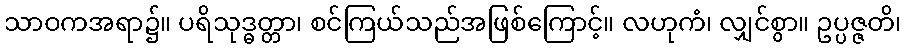
သာဝကအရာ၌။ ပရိသုဒ္ဓတ္တာ၊ စင်ကြယ်သည်အဖြစ်ကြောင့်။ လဟုကံ၊ လျှင်စွာ။ ဥပ္ပဇ္ဇတိ၊